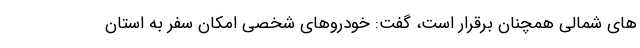
های شمالی همچنان برقرار است، گفت: خودروهای شخصی امکان سفر به استان